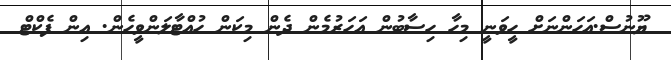
ޔޫނުސް.އަހަންނަށް ހީވަނީ މިހާ ހިސާބުން އަހަރުމެން ދެން މިކަން ހުއްޓާލަންވީހެން. އިން ފެކްޓް